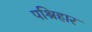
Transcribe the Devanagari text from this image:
पश्रिहार